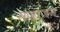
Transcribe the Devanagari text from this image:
गजाजन